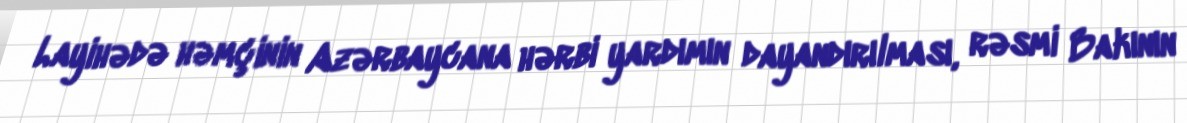
Layihədə həmçinin Azərbaycana hərbi yardımın dayandırılması, rəsmi Bakının